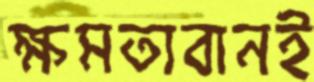
ক্ষমতাবানই